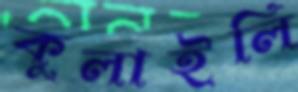
কুলাইলি